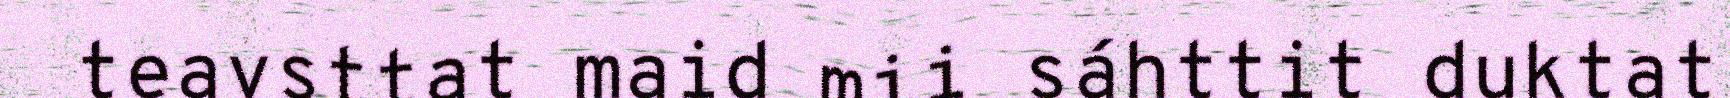
teavsttat maid mii sáhttit duktat